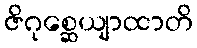
ဇိဂုစ္ဆေယျာထာတိ